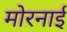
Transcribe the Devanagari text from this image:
मोरनाई